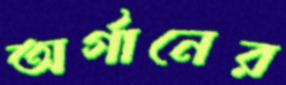
অর্গানের